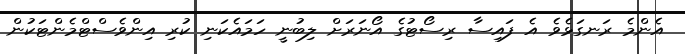
އެންމެ ރަނގަޅެވެ އެ ފައިސާ ރިސޯޓުގެ އޯނަރަށް ލިބުނީ ހަމައެކަނި ކުރި އިންވެސްޓްމެންޓަކުން